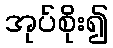
အုပ်စိုး၍